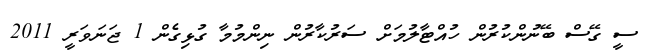
ސީ ގޭސް ބޭނުންކުރުން ހުއްޓާލުމަށް ސަރުކާރުން ނިންމުމާ ގުޅިގެން 1 ޖަނަވަރީ 2011